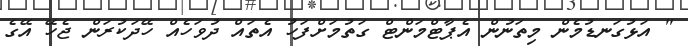
" އަޅުގަނޑުމެން މިތަނުން އެޕާޓްމަންޓް ގަތުމަށްފަހު އެތައް ދުވަހެއް ހޭދަކުރަން ޖެހޭ އޭގެ